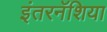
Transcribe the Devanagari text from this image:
इंतरनॅशिया